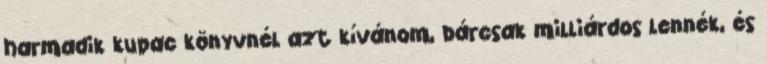
harmadik kupac könyvnél azt kívánom, bárcsak milliárdos lennék, és